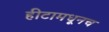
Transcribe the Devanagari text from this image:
हीटामधूनच